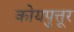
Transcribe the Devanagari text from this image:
कोयपुत्तूर